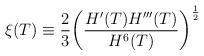
LaTeX: \begin{align*}\xi(T)\equiv\frac{2}{3}\bigg(\frac{H'(T)H'''(T)}{H^6(T)}\bigg)^{\frac{1}{2}}\end{align*}